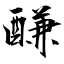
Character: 𨢑